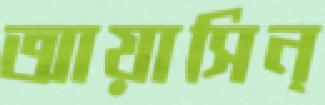
আয়াসিন্